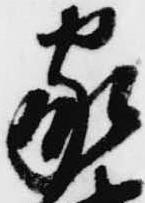
家